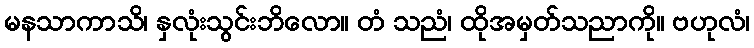
မနသာကာသိ၊ နှလုံးသွင်းဘိလော။ တံ သညံ၊ ထိုအမှတ်သညာကို။ ဗဟုလံ၊